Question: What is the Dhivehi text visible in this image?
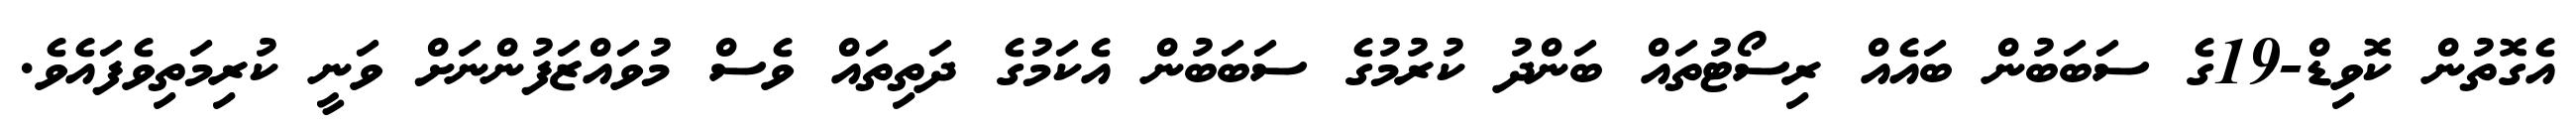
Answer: އެގޮތުން ކޮވިޑް-19ގެ ސަބަބުން ބައެއް ރިސޯޓުތައް ބަންދު ކުރުމުގެ ސަބަބުން އެކަމުގެ ދަތިތައް ވެސް މުވައްޒަފުންނަށް ވަނީ ކުރިމަތިވެފައެވެ.